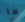
ما